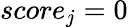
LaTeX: score_{j}=0